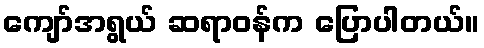
ကျော်အရွယ် ဆရာဝန်က ပြောပါတယ်။